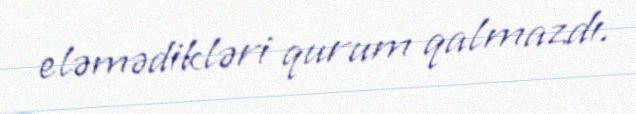
eləmədikləri qurum qalmazdı.